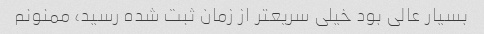
بسیار عالی بود خیلی سریعتر از زمان ثبت شده رسید، ممنونم